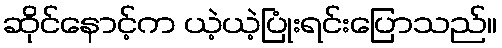
ဆိုင်နောင့်က ယဲ့ယဲ့ပြုံးရင်းပြောသည်။